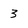
Character: 3